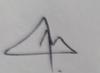
Signature authenticity: genuine